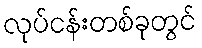
လုပ်ငန်းတစ်ခုတွင်